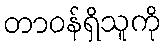
တာဝန်ရှိသူကို